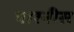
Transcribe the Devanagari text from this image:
पारनीस